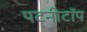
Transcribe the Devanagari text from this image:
पटनीटॉप